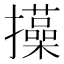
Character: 㩰